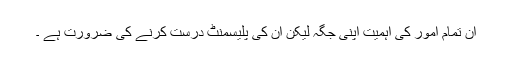
ان تمام امور کی اہمیت اپنی جگہ لیکن ان کی پلیسمنٹ درست کرنے کی ضرورت ہے ۔